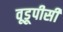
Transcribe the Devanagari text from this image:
वूडूपीसी